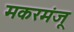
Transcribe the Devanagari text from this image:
मकरमंजू